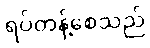
ရပ်တန့်စေသည်